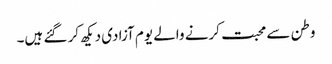
وطن سے محبت کرنے والے یوم آزادی دیکھ کر گئے ہیں۔